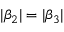
| \beta _ { 2 } | = | \beta _ { 3 } |